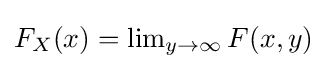
{\textstyle F_{X}(x)=\lim _{y\to \infty }F(x,y)}